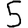
Digit: 5